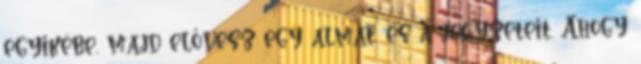
egyikébe, majd elővesz egy almát, és a jegyzeteit. Ahogy